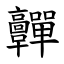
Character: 䯬